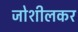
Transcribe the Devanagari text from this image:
जोशीलकर